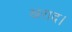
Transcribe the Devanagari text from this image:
खराद।